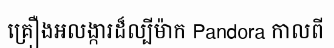
គ្រឿងអលង្ការដ៏ល្បីម៉ាក Pandora កាលពី